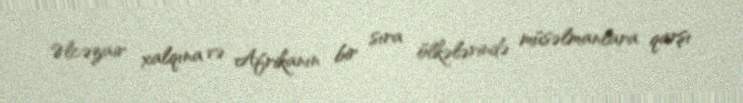
Əlcəzair xalqına və Afrikanın bir sıra ölkələrində müsəlmanlara qarşı